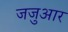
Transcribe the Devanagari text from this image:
जजुआर